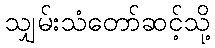
သျှမ်းသံတော်ဆင့်သို့